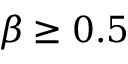
\beta \geq 0 . 5